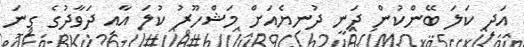
އަދި ކަލަ ބޭންކުން ދަނީ ދުނިޔެއަށް މަޝްހޫރު ކުލަ އާއި ދަވާދުގެ ގިނަ